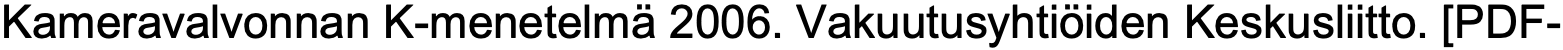
Kameravalvonnan K-menetelmä 2006. Vakuutusyhtiöiden Keskusliitto. [PDF-